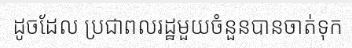
ដូចដែល ប្រជាពលរដ្ឋមួយចំនួនបានចាត់ទុក